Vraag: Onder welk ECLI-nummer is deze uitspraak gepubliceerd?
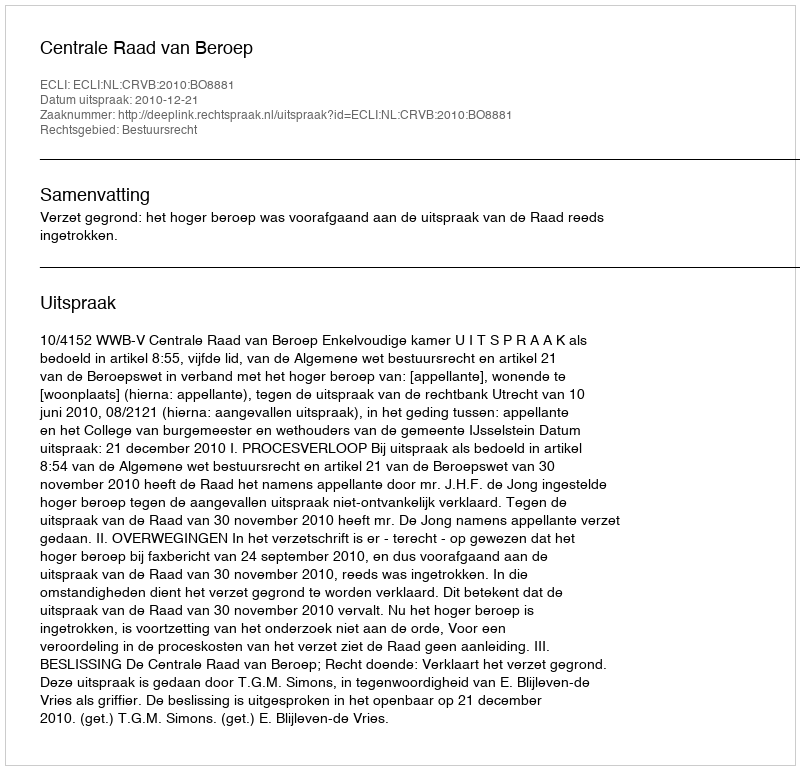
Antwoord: ECLI:NL:CRVB:2010:BO8881